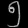
Digit: ၅